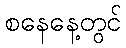
စနေနေ့တွင်